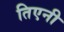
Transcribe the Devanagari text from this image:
तिएनी